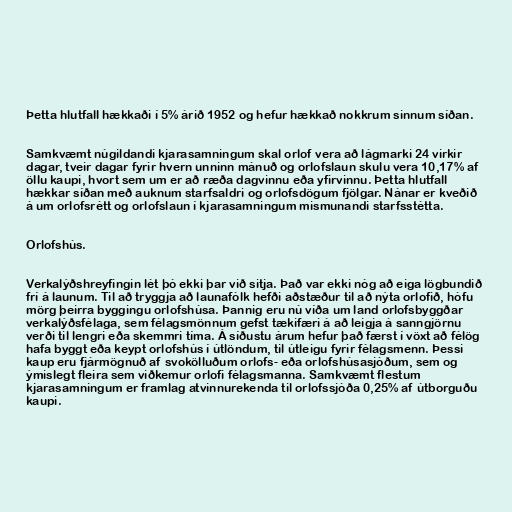
Þetta hlutfall hækkaði í 5% árið 1952 og hefur hækkað nokkrum sinnum síðan.

Samkvæmt núgildandi kjarasamningum skal orlof vera að lágmarki 24 virkir
dagar, tveir dagar fyrir hvern unninn mánuð og orlofslaun skulu vera 10,17% af
öllu kaupi, hvort sem um er að ræða dagvinnu eða yfirvinnu. Þetta hlutfall
hækkar síðan með auknum starfsaldri og orlofsdögum fjölgar. Nánar er kveðið
á um orlofsrétt og orlofslaun í kjarasamningum mismunandi starfsstétta.

Orlofshús.

Verkalýðshreyfingin lét þó ekki þar við sitja. Það var ekki nóg að eiga lögbundið
frí á launum. Til að tryggja að launafólk hefði aðstæður til að nýta orlofið, hófu
mörg þeirra byggingu orlofshúsa. Þannig eru nú víða um land orlofsbyggðar
verkalýðsfélaga, sem félagsmönnum gefst tækifæri á að leigja á sanngjörnu
verði til lengri eða skemmri tíma. Á síðustu árum hefur það færst í vöxt að félög
hafa byggt eða keypt orlofshús í útlöndum, til útleigu fyrir félagsmenn. Þessi
kaup eru fjármögnuð af svokölluðum orlofs- eða orlofshúsasjóðum, sem og
ýmislegt fleira sem viðkemur orlofi félagsmanna. Samkvæmt flestum
kjarasamningum er framlag atvinnurekenda til orlofssjóða 0,25% af útborguðu
kaupi.